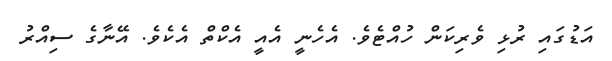
އަޑުގައި ރުޅި ވެރިކަން ހުއްޓެވެ. އެހެނީ އެއީ އެކްތް އެކެވެ. އޭނާގެ ސިއްރު